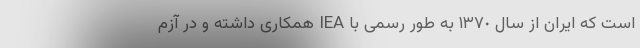
است که ایران از سال ١٣٧٠ به طور رسمی با IEA همکاری داشته و در آزم